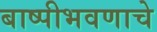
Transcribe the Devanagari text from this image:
बाष्पीभवणाचे